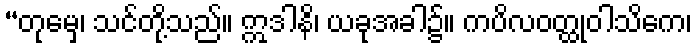
“တုမှေ၊ သင်တို့သည်။ ဣဒါနိ၊ ယခုအခါ၌။ ကပိလဝတ္ထုဝါသိကေ၊